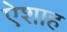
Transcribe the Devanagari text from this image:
ऐशाह